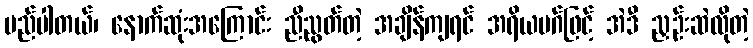
မည်ပါတယ်၊ နောက်ဆုံးအကြောင်း ညီညွတ်တဲ့ အချိန်ကျရင် အရိယမဂ်ဖြင့် အဲဒီ ညှဉ်းဆဲလိုတဲ့